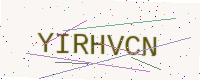
Text: YIRHVCN